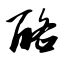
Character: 酪